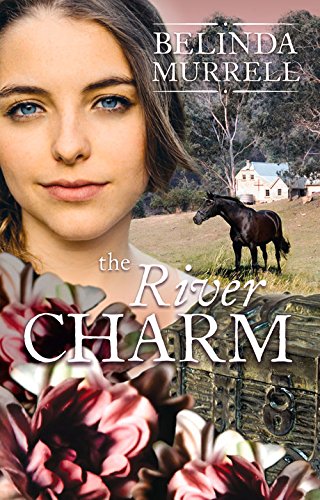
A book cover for The River Charm; Belinda Murrell; Children's Books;